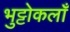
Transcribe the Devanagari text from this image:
भुट्टोकलाँ